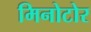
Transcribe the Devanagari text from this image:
मिनोटोर